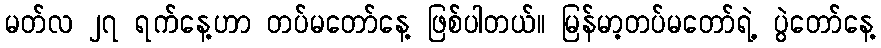
မတ်လ ၂၇ ရက်နေ့ဟာ တပ်မတော်နေ့ ဖြစ်ပါတယ်။ မြန်မာ့တပ်မတော်ရဲ့ ပွဲတော်နေ့